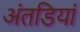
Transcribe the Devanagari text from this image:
अंतडियां